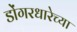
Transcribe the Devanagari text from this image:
डोंगरधारेच्या